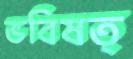
ভবিষত্